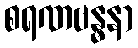
စရဏဗန္ဓနာ